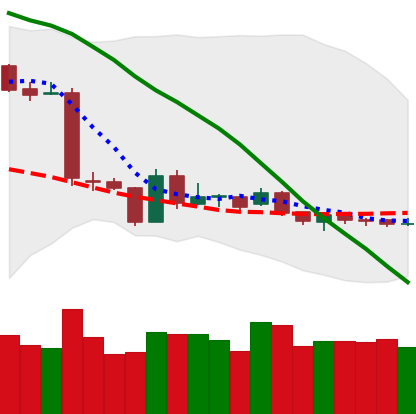
Ticker: ETH-USD
Chart end date: 2019-01-26
Forward return: -8.093%
Label: down_7plus